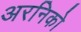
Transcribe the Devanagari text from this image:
अरनिको